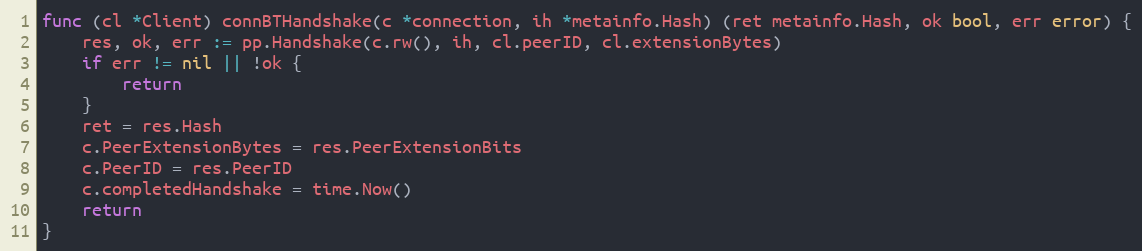
Language: Go
func (cl *Client) connBTHandshake(c *connection, ih *metainfo.Hash) (ret metainfo.Hash, ok bool, err error) {
	res, ok, err := pp.Handshake(c.rw(), ih, cl.peerID, cl.extensionBytes)
	if err != nil || !ok {
		return
	}
	ret = res.Hash
	c.PeerExtensionBytes = res.PeerExtensionBits
	c.PeerID = res.PeerID
	c.completedHandshake = time.Now()
	return
}